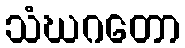
သံဃဂတော